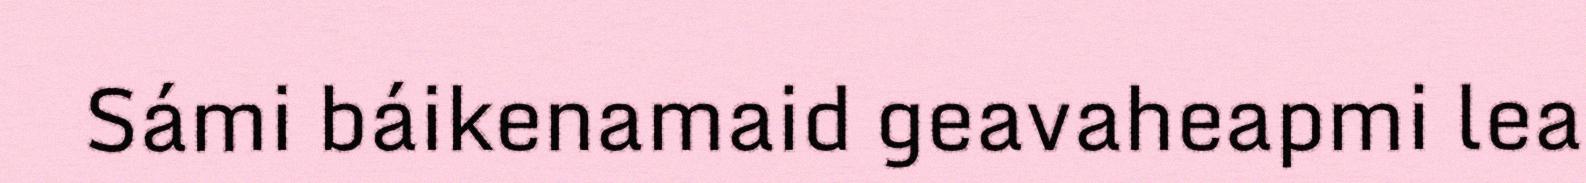
Sámi báikenamaid geavaheapmi lea